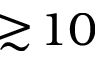
\gtrsim \! 1 0